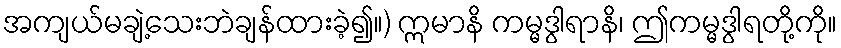
အကျယ်မချဲ့သေးဘဲချန်ထားခဲ့၍။) ဣမာနိ ကမ္မဒွါရာနိ၊ ဤကမ္မဒွါရတို့ကို။